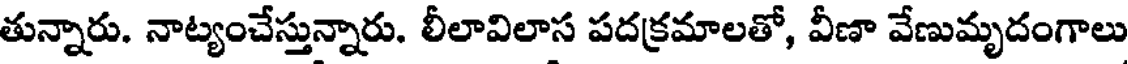
తున్నారు. నాట్యంచేస్తున్నారు. లీలావిలాస పదక్రమాలతో, వీణా వేణుమృదంగాలు